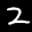
Label: 2